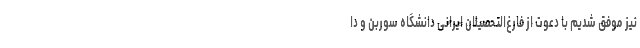
نیز موفق شدیم با دعوت از فارغ‌التحصیلان ایرانی دانشگاه سوربن و دا